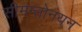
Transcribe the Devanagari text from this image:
सीमन्तोनयन